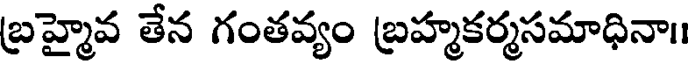
బ్రహ్మైవ తేన గంతవ్యం బ్రహ్మకర్మసమాధినా।